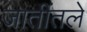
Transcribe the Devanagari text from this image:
जातींतले